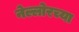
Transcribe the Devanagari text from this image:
नेल्लोरच्या